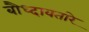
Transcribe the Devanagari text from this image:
बौध्दावतारे